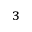
^ 3